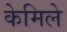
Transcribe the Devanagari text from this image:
केमिले